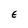
Character: E